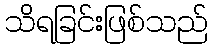
သိရခြင်းဖြစ်သည်